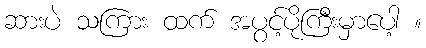
ဆားပဲ သကြား ထက် အပွင့်ပိုကြီးမှာပေါ့ ။